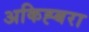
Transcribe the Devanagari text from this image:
अकिह्बरा